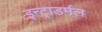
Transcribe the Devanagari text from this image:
इन्ट्राडर्मल